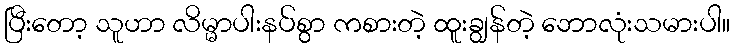
ပြီးတော့ သူဟာ လိမ္မာပါးနပ်စွာ ကစားတဲ့ ထူးချွန်တဲ့ ဘောလုံးသမားပါ။